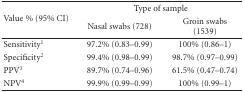
| <ROWSPAN=2> Value % (95% CI) | <COLSPAN=2> Type of sample |
 | Nasal swabs (728) | Groin swabs (1539) |
 | --- | --- | --- |
 | Sensitivity1 | 97.2% (0.83–0.99) | 100% (0.86–1) |
 | Specificity2 | 99.4% (0.98–0.99) | 98.7% (0.97–0.99) |
 | PPV3 | 89.7% (0.74–0.96) | 61.5% (0.47–0.74) |
 | NPV4 | 99.9% (0.99–0.99) | 100% (0.99–1) |